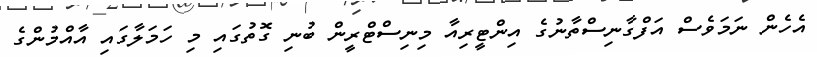
އެހެން ނަމަވެސް އަފްގާނިސްތާނުގެ އިންޓީރިއާ މިނިސްޓްރީން ބުނި ގޮތުގައި މި ހަމަލާގައި އާއްމުންގެ